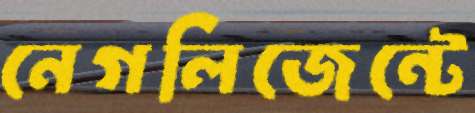
নেগলিজেন্টে